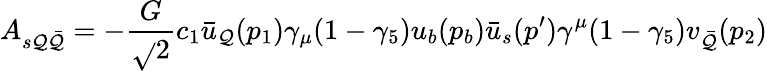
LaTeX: A_{s\mathcal{Q}\bar{{\mathcal{Q}}}}=-\frac{{G}}{{\sqrt{}{{2}}}}c_{1}\bar{{u}}_{\mathcal{Q}}(p_{1})\gamma_{\mu}(1-\gamma_{5})u_{b}(p_{b})\bar{{u}}_{s}(p^{\prime})\gamma^{\mu}(1-\gamma_{5})v_{\bar{{\mathcal{Q}}}}(p_{2})